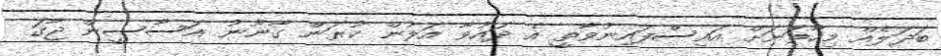
ބަދަލެއް މިހާތަނަށް އައިސްފައިނުވާތީ އެ ދައުވާ އަލުން ކުރަން ގާނޫނު އަސާސީން ޖާގަ